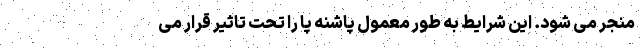
منجر می شود. این شرایط به طور معمول پاشنه پا را تحت تاثیر قرار می